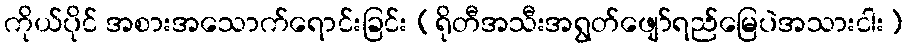
ကိုယ်ပိုင် အစားအသောက်ရောင်းခြင်း (ရိုတီအသီးအရွတ်ဖျော်ရည်မြေပဲအသားငါး)